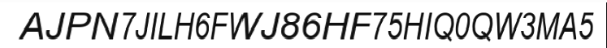
AJPN7JILH6FWJ86HF75HIQ0QW3MA5